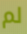
لم